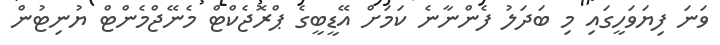
ވަނަ ފިޔަވަހީގައި މި ބަދަލު ފެންނާނެ ކަމަށް އޭޑީބީގެ ޕްރޮޖެކްޓް މެނޭޖްމެންޓް ޔުނިޓުން